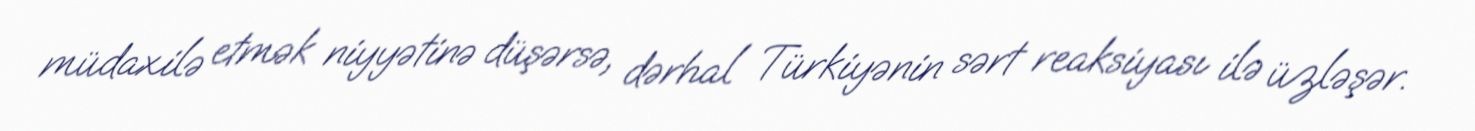
müdaxilə etmək niyyətinə düşərsə, dərhal Türkiyənin sərt reaksiyası ilə üzləşər.